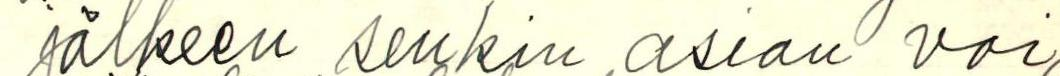
jälkeen senkin asian voi